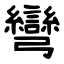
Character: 彎